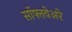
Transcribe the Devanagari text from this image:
सॉफ्तवेअरे